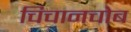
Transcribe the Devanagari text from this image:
चिचानचोब